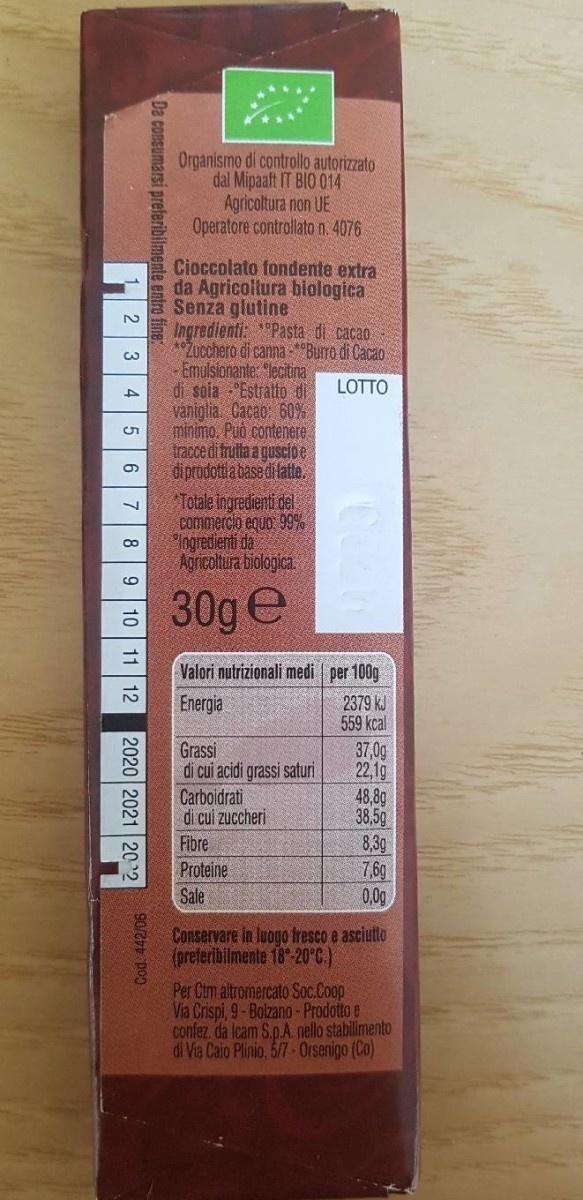
Organismo di controllo autorizzato dal Mipaaft IT BIO 014 Agricoltura non UE Operatore controllato n. 4076
Cioccolato fondente extra da Agricoltura biologica Senza glutine Ingredienti: "Pasta di cacao ZUcchero di canna -"Burro di Cacao Emulsionante: "lecitina di soia Estratto di vaniglia. Cacao 60% minimo. Puo contenere tracce di frutta a guscioe diprodottia base di latte. Totale ingredienti del commercio equo: 99% logredienti da Agricoltura biologica.
2.
LOTTO
4,
CO
30g e
10
Valori nutrizionali medi | per 100g 12 Energia
2379 kJ 559 kcal
Grassi di cui acidi grassi saturi Carboidrati di cui zuccheri Fibre Proteine Sale
37,0g 22,19 48,89 38,5g 8,30 7,6g 0,0g
Conservare in luogo tresco e asciutto (preteribilmente 18-20C.)
Per Cim altromercato Soc.Coop Via Crispi, 9- Bolzano - Prodotto e confez. da lcam S.p.A. nello stabilimento di Via Caio Plinio, 5/7-Orsenigo (Co)
Da consumarsi preferibilmente entro fin
2020 2021 20 2
Cod. 442/06